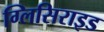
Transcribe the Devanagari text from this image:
ग्लिसिराइड